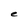
Character: e